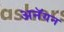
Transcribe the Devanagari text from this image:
अनॅगन